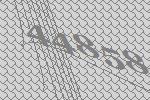
44858